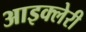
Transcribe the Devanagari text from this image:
आइक्लेरी